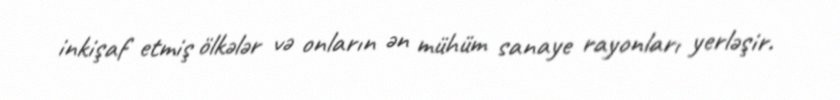
inkişaf etmiş ölkələr və onların ən mühüm sanaye rayonları yerləşir.